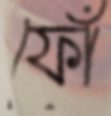
ফোঁ